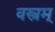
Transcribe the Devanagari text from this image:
वस्त्रम्‌